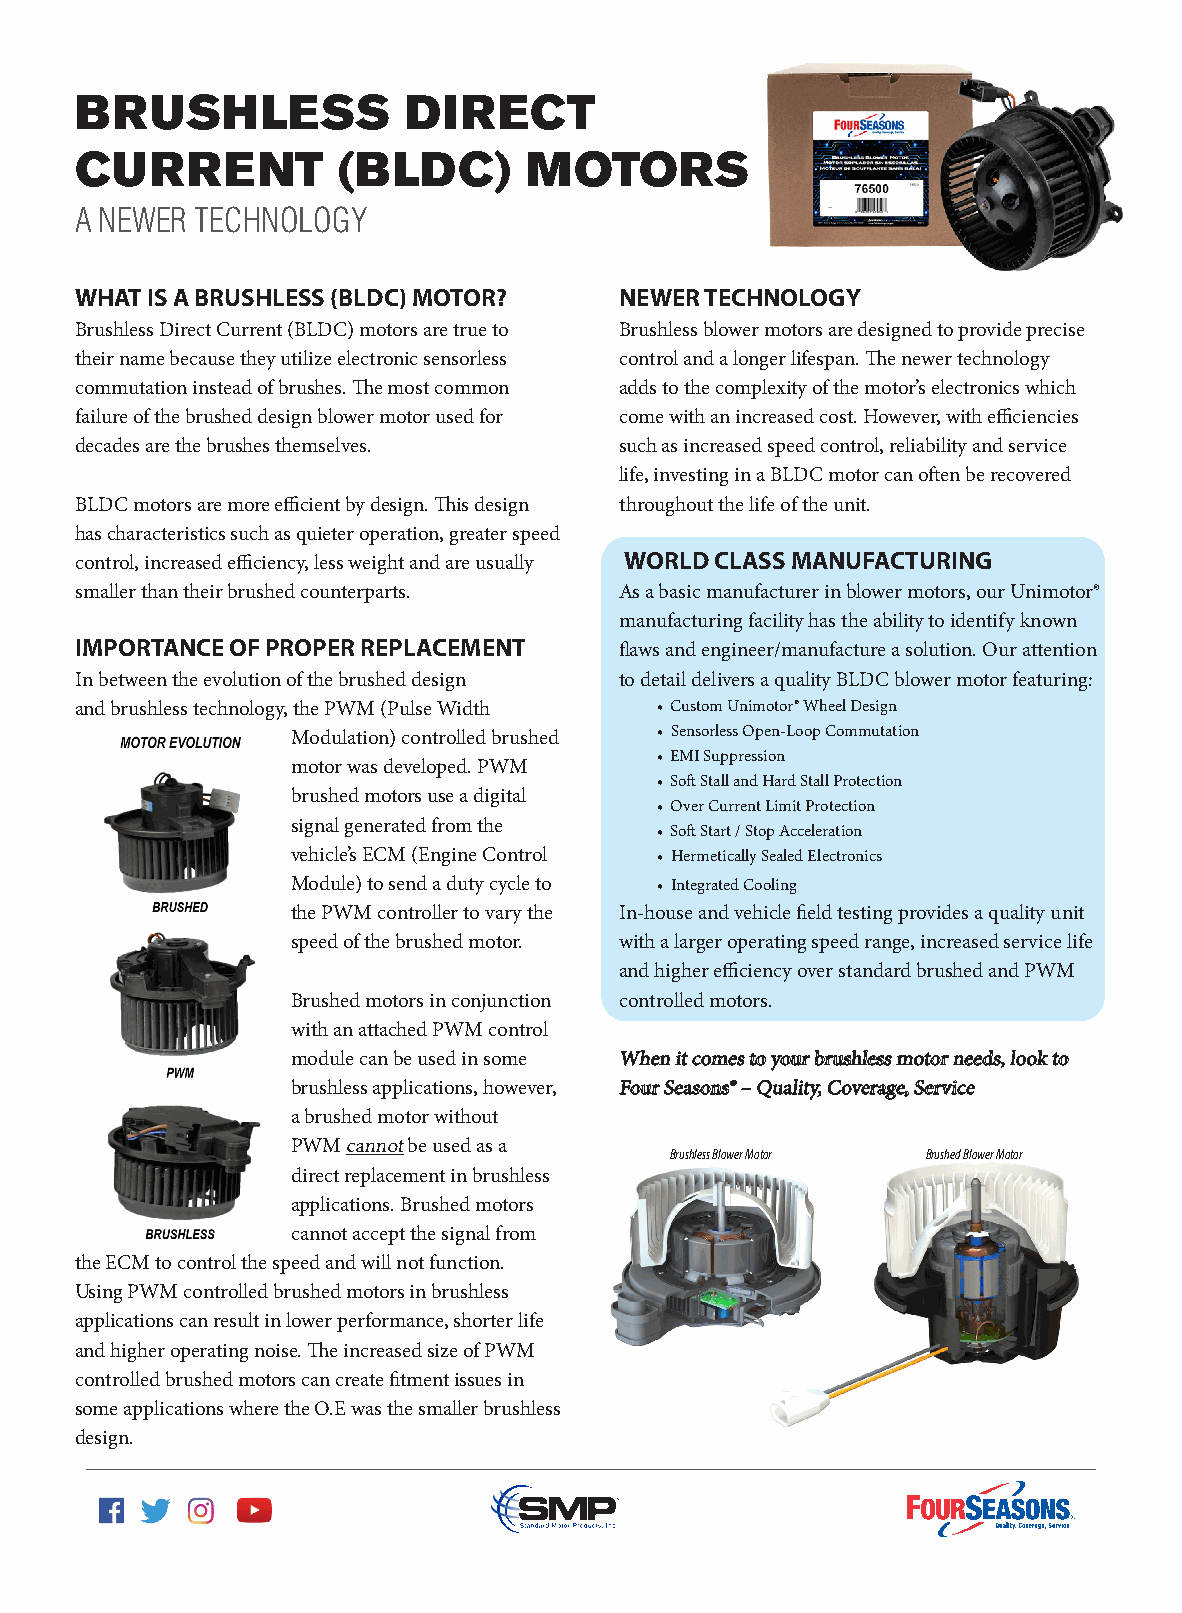
BRUSHLESS             DIRECT
 CURRENT          (BLDC)       MOTORS
 A NEWER TECHNOLOGY
 WHAT IS A BRUSHLESS (BLDC) MOTOR?   NEWER TECHNOLOGY
 Brushless Direct Current (BLDC) motors are true to Brushless blower motors are designed to provide precise
 their name because they utilize electronic sensorless control and a longer lifespan. The newer technology
 commutation instead of brushes. The most common adds to the complexity of the motor’s electronics which
 failure of the brushed design blower motor used for come with an increased cost. However, with efficiencies
 decades are the brushes themselves. such as increased speed control, reliability and service
 life, investing in a BLDC motor can often be recovered
 BLDC motors are more efficient by design. This design throughout the life of the unit.
 has characteristics such as quieter operation, greater speed
 control, increased efficiency, less weight and are usually WORLD CLASS MANUFACTURING
 smaller than their brushed counterparts. As a basic manufacturer in blower motors, our Unimotor®
 manufacturing facility has the ability to identify known
 IMPORTANCE OF PROPER REPLACEMENT    flaws and engineer/manufacture a solution. Our attention
 In between the evolution of the brushed design to detail delivers a quality BLDC blower motor featuring:
 and brushless technology, the PWM (Pulse Width • Custom Unimotor® Wheel Design
 Modulation) controlled brushed • Sensorless Open-Loop Commutation
 • EMI Suppression
 motor was developed. PWM
 • Soft Stall and Hard Stall Protection
 brushed motors use a digital
 • Over Current Limit Protection
 signal generated from the
 • Soft Start / Stop Acceleration
 vehicle’s ECM (Engine Control • Hermetically Sealed Electronics
 Module) to send a duty cycle to • Integrated Cooling
 the PWM controller to vary the In-house and vehicle field testing provides a quality unit
 speed of the brushed motor. with a larger operating speed range, increased service life
 and higher efficiency over standard brushed and PWM
 Brushed motors in conjunction controlled motors.
 with an attached PWM control
 module can be used in some WWhheenn iitt ccoommeess ttoo yyoouurr bbrruusshhlleessss mmoottoorr nneeeeddss,, llooookk ttoo
 brushless applications, however, FFoouurr SSeeaassoonnss®® –– QQuuaalliittyy,, CCoovveerraaggee,, SSeerrvviiccee
 a brushed motor without
 PWM cannot be used as a
 Brushless Blower Motor Brushed Blower Motor
 direct replacement in brushless
 applications. Brushed motors
 cannot accept the signal from
 the ECM to control the speed and will not function.
 Using PWM controlled brushed motors in brushless
 applications can result in lower performance, shorter life
 and higher operating noise. The increased size of PWM
 controlled brushed motors can create fitment issues in
 some applications where the O.E was the smaller brushless
 design.